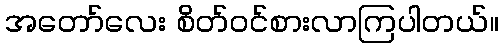
အတော်လေး စိတ်ဝင်စားလာကြပါတယ်။